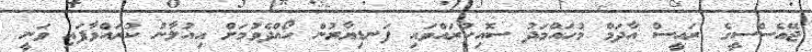
ޖޭއެސްސީގެ ރައީސް އާދަމް މުހައްމަދު ސޮއިކުރައްވައި ފަނޑިޔާރުން ހޯއްދެވުމަށް އިއުލާނު ކުރައްވާފައި ވަނީ